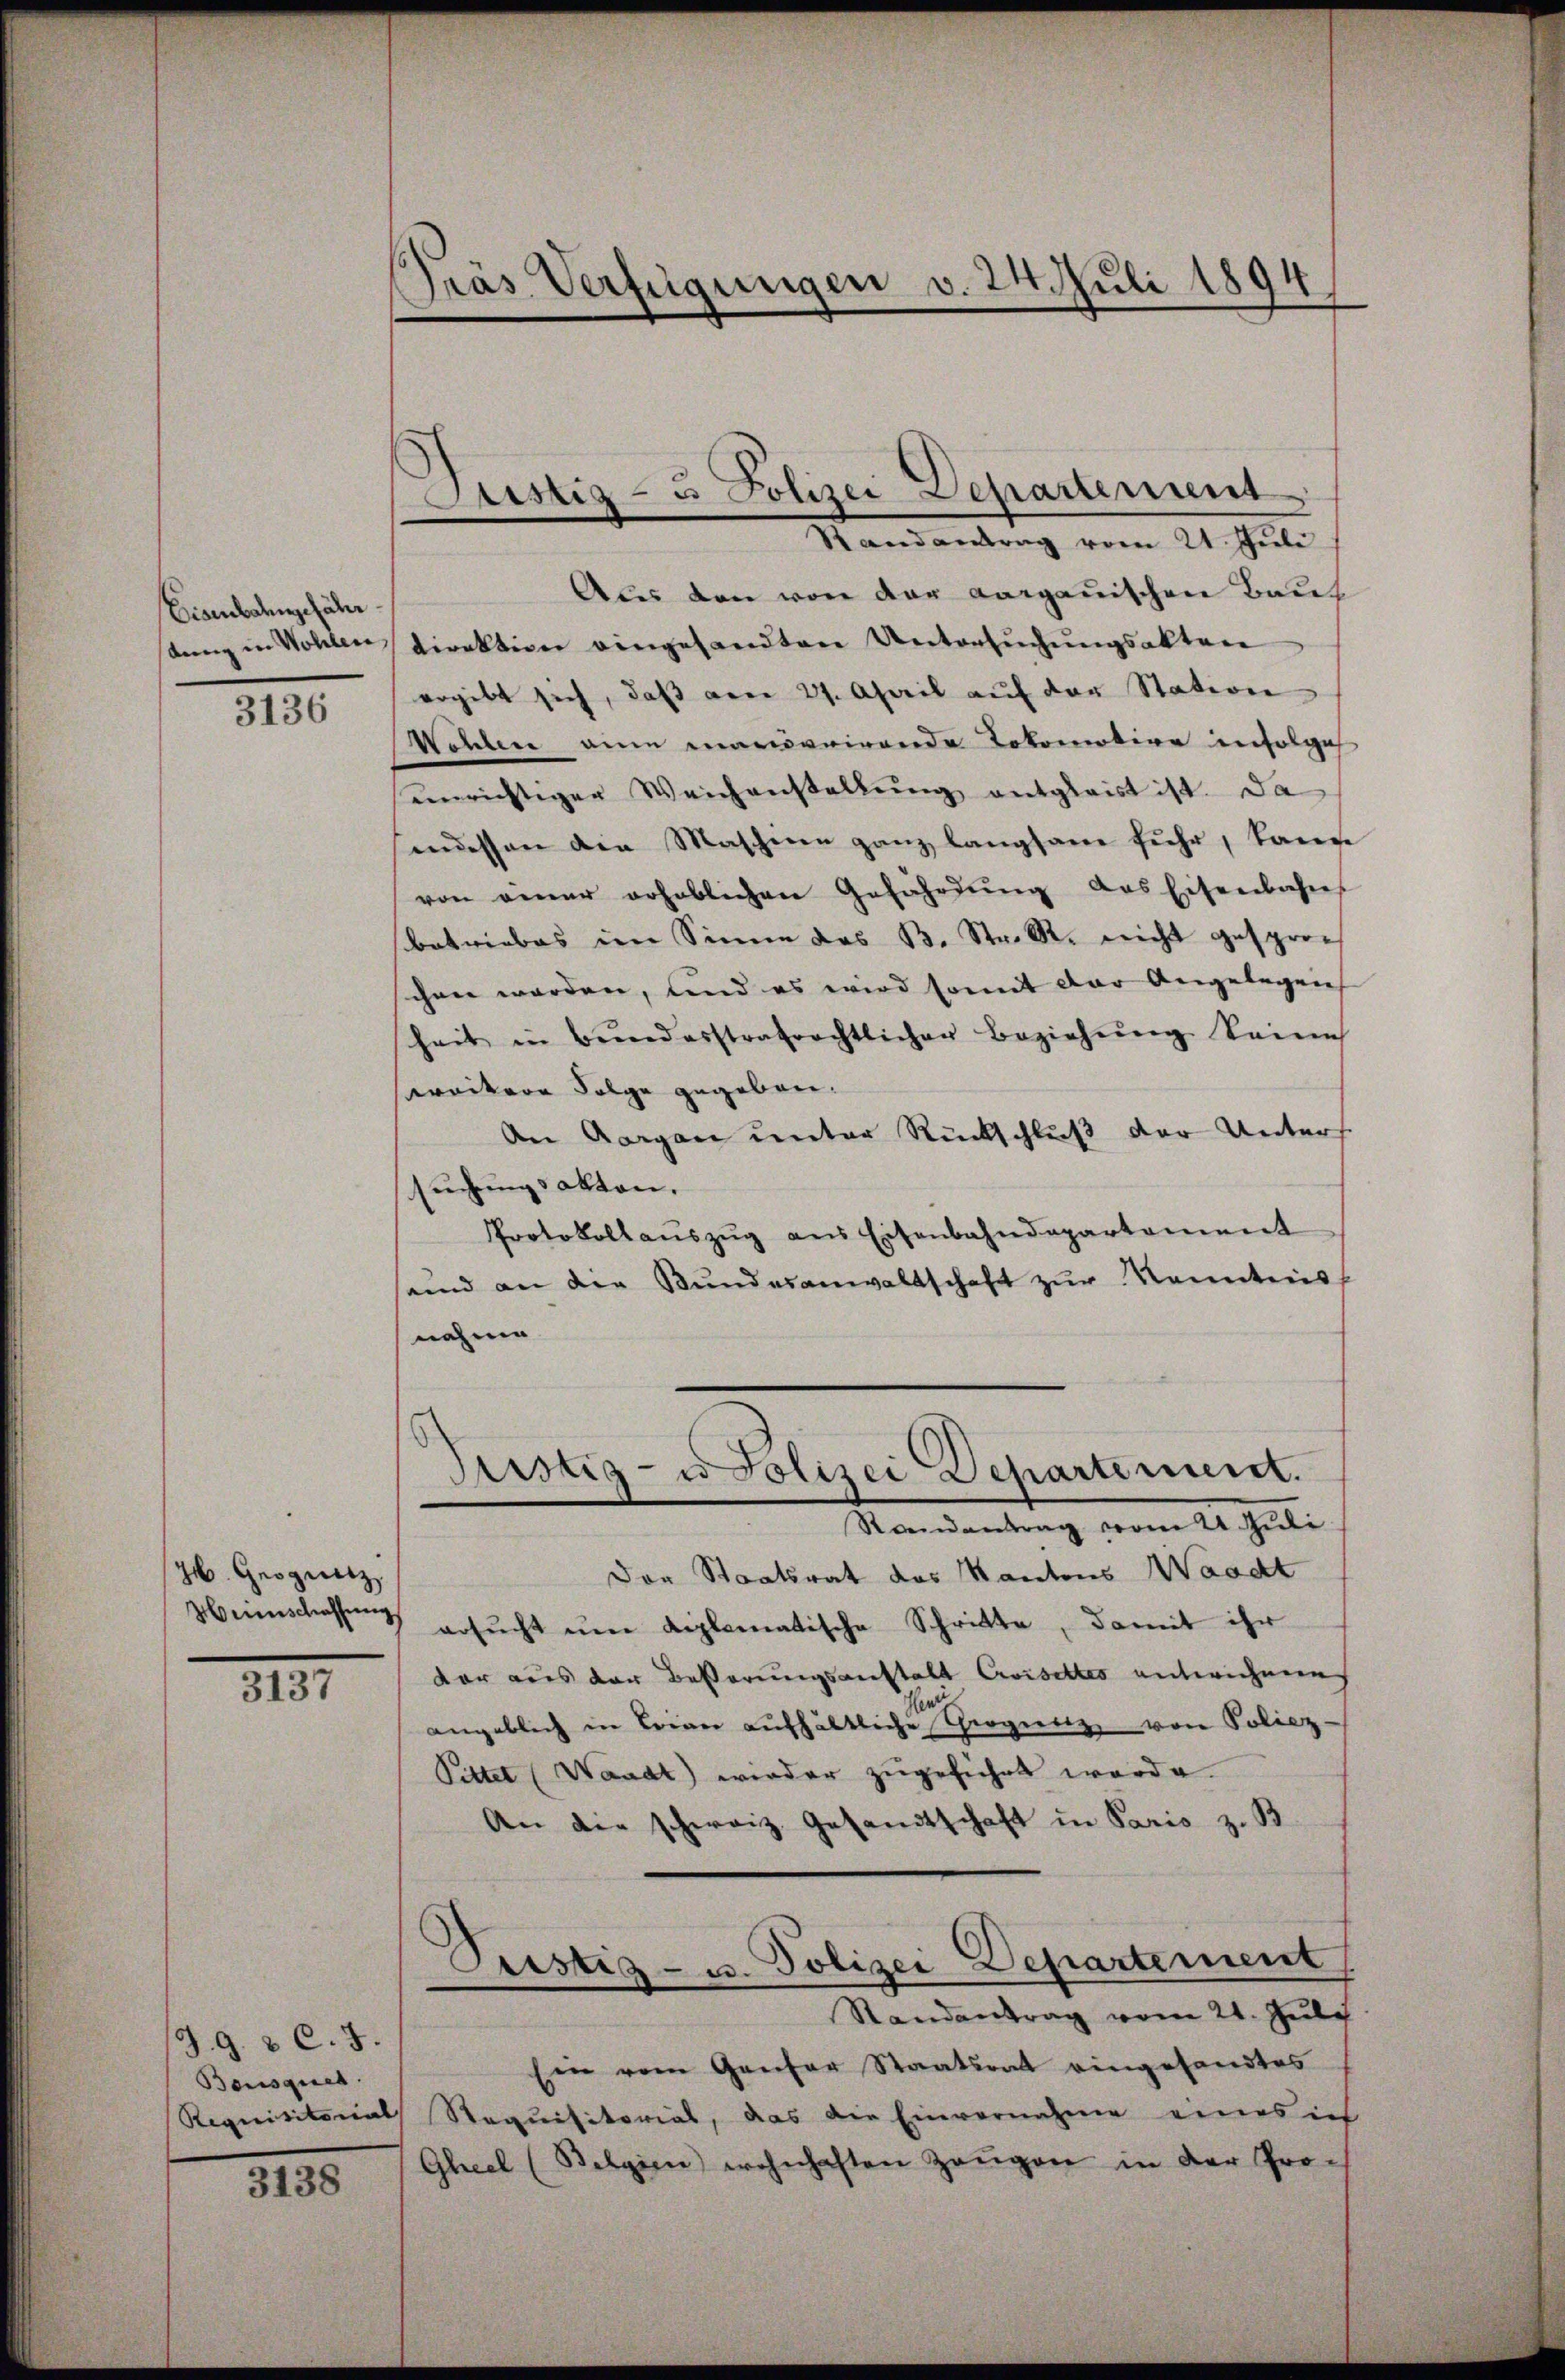
Eisenbahngefähr
stung in Wohler,

3136

36. Geognitz
Heimschassung

2197

J. 9. u C. 5.
Bousques.

3138

Präs. Verfügungen v. 24. Juli 1894

Justiz- & Polizei Departement
Randantrag vom 21. Juli

Aus den von der aargauischen Bauch
direktion eingesandten Untersŭchŭngsaktere
ergibt sich, daß vom 21. April aŭf der Station
Wehler eine monorirende Lokomotion infolge
unrichtiger Weichenstellung entgleist ist. Da
indessen die Maschien ganz langsam fuhr, lange
von einer erheblichen Gefährdŭng das Eisenbahres
betriebes im Sinne des B. Str. R. nicht gespro-
chen werden, und es wird somit der Angelegen
heit in Bŭndesstrafrechtlicher Beziehŭng keine
sreitere Folge gegeben.
An Aargau unter Rückschluß der Unters
suchungsakten.
Protokollaŭszŭg ans Eisenbahndepartement
sund an die Bundesanwaltschaft zur Kenntnis
nahme
Justiz- u Polizei Departement.
Randantrag vom 21. Juli
Der Staatsrat des Kantons Waadt
ersŭcht ŭm diplomatische Schritte, damit ihr
dar aus der Besserungsanstalt Civisettes entwichnen
angeblich in Brien aŭfhältliche Trognitz, von Poliez-
Pittet (Waadt) wieder zugeführt worde
An die schweiz. Gesandtschaft in Paris z. B.
Peistiz- u. Polizei Departement
Randantrag vom 21. Juli
Ein vom Genfer Staatsrat eingesandtes
Requisitorial Requisitorial, das die Einvernahme einesich
Gheel (Belgien wohnhaften Zeŭgen in der Pro-